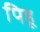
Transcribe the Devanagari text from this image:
पिहू